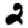
Digit: 2